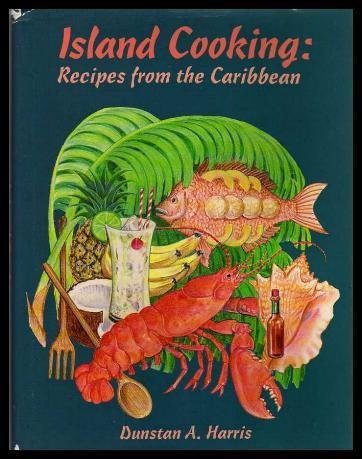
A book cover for Island Cooking: Recipes from the Caribbean; Dunstan A. Harris; Cookbooks, Food & Wine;